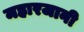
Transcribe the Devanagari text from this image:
महारजानी